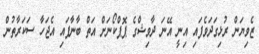
ޒެވިޔަން ރުޅިގަދަވެފައި އިނީ އޭނަ ދާވިޝްގެ ޕޮޕްކޯނަށް އަތް ބާނާފައި އެޖަހާ ސަކަރާތުން